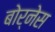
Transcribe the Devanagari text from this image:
बोर्नेस